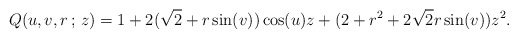
\begin{align*}Q(u,v,r\,;\,z) = {1+2(\sqrt{2}+r\sin(v))\cos(u)z+(2+r^2+2\sqrt{2}r\sin(v))z^2}.\end{align*}